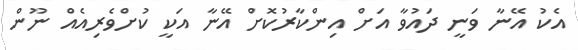
އެކު އޭނާ ވަނީ ދައުވާ އަށް އިންކާރުކޮށް އޭނާ އަކީ ކުށްވެރިއެއް ނޫން